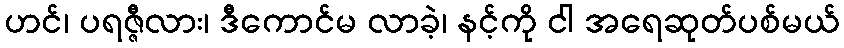
ဟင်၊ ပရဇ္ဇီလား၊ ဒီကောင်မ လာခဲ့၊ နင့်ကို ငါ အရေဆုတ်ပစ်မယ်